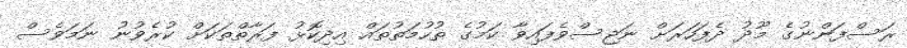
ރަސްފަންނުގެ މޫދު ދެފަހަރަށް ނަޖިސްވެފައިވާ ކަމުގެ ތުހުމަތުތައް އިދިކޮޅު ފަރާތްތަކަށް ކުރެވުނު ނަމަވެސް